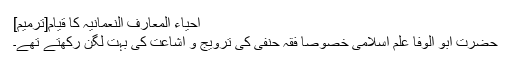
احیاء المعارف النعمانیہ کا قیام[ترمیم]
حضرت ابو الوفا علم اسلامی خصوصاً فقہ حنفی کی ترویج و اشاعت کی بہت لگن رکھتے تھے۔